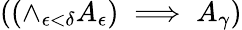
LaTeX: ((\land_{\epsilon<\delta}{A_{\epsilon}})\implies A_{\gamma})